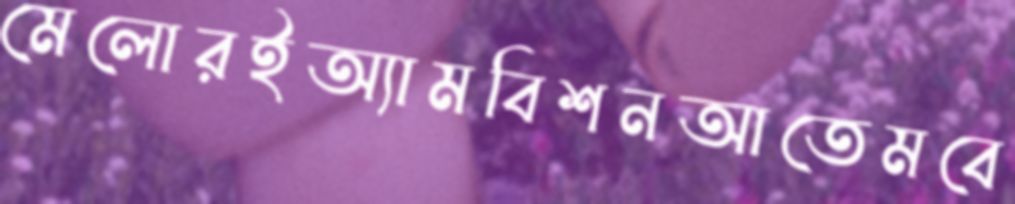
মেলোরইঅ্যামবিশনআতেমবে